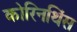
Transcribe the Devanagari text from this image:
कोरिनथिंस